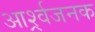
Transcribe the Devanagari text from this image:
आर्श्र्वजनक